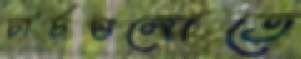
চার্চগুলোতে